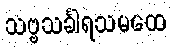
သဗ္ဗသင်္ခါရသမထေ